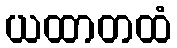
ယထာတထံ